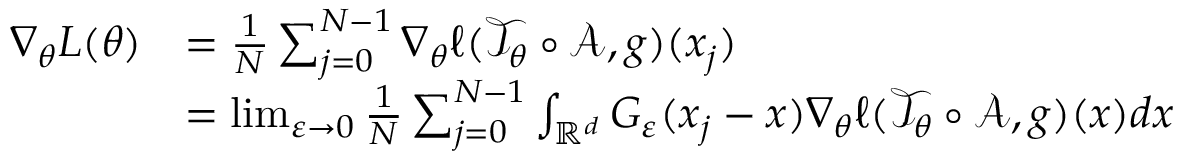
\begin{array} { r l } { \nabla _ { \theta } L ( \theta ) } & { = \frac { 1 } { N } \sum _ { j = 0 } ^ { N - 1 } \nabla _ { \theta } \ell ( \mathcal { T } _ { \theta } \circ \mathcal A , g ) ( x _ { j } ) } \\ & { = \operatorname* { l i m } _ { \varepsilon \rightarrow 0 } \frac { 1 } { N } \sum _ { j = 0 } ^ { N - 1 } \int _ { \mathbb { R } ^ { d } } G _ { \varepsilon } ( x _ { j } - x ) \nabla _ { \theta } \ell ( \mathcal { T } _ { \theta } \circ \mathcal A , g ) ( x ) d x } \end{array}